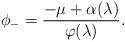
LaTeX: \begin{align*}\phi_-=\frac{-\mu+\alpha(\lambda)}{\varphi(\lambda)}.\end{align*}